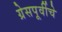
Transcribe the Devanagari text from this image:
ग्रेसपूर्वीचे